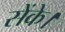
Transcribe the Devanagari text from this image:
सेंके।